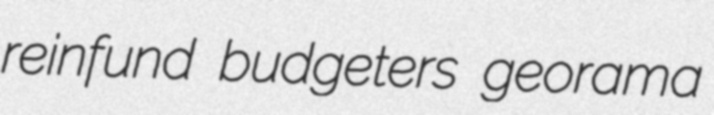
reinfund budgeters georama